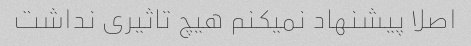
اصلا پیشنهاد نمیکنم هیچ تاثیری نداشت